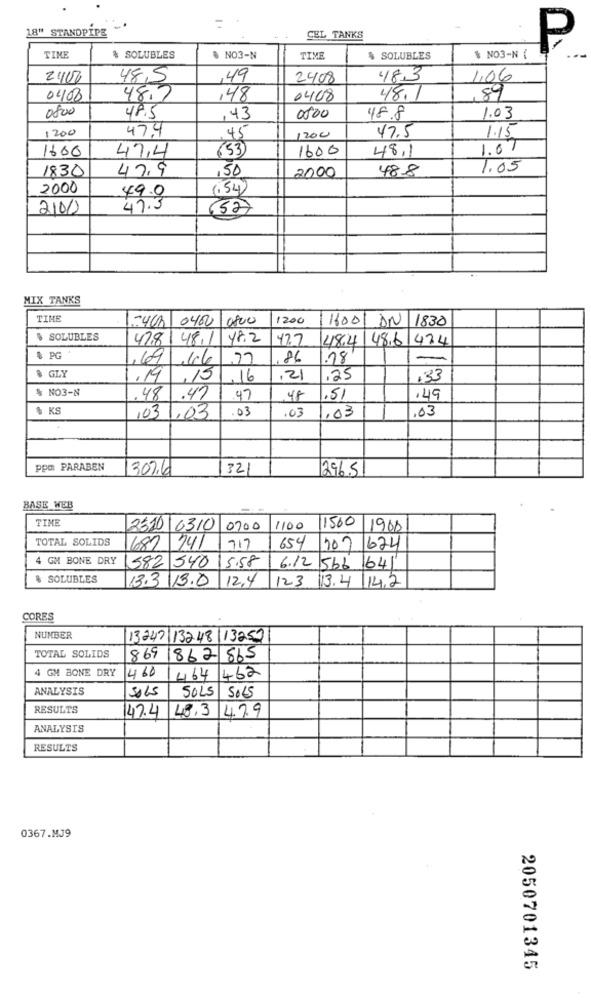
18" STANDPIPE
CEL TANKS
P
TIME
% SOLUBLES
% NO3-N
TIVE
$ SOLUBLES
% NO3-N {
2400
48,5
,49
2408
48.3
1,06
04/08
48.7
,48
0408
48.1
89
0800
48.5
,43
00:00
48.8
1.03
1200
47.4
1200
45
47.5
1.15
1600
47,4
(53)
1600
48.1
1.07
1830
47.9
,50
2000
48.8
1.05
2000
49.0
1.54)
2101
47.3
(52)
MIX TANKS
TIME
-400 0400 0800
1200
1600
DN 1830
$ SOLUBLES
478 48.1 48.2
12.7
48.4
48.6 474
& PG .
,69 46 77
,86
.18
& GLY
,19
,15
,16
,21
,25
+33
% NO3-N
.47
.48
47
48
.51
.49
% KS
103
03
.03
,03
,03
1.03
ppm PARABEN
307.6
32
296.5
BASE WEB
TIME
11500
2510 0310 0700
1100
11900
TOTAL SOLIDS
682 741
717
654
307 624
4 GM BONE DRY
15.58
582 340
6.12 566 641
& SOLUBLES
13.3 13.0 12.4 123
13.4 14.2
CORES
NUMBER
13247/13248 132521
TOTAL SOLIDS
869
1862 865
4 GM BONE DRY
460
464 462
ANALYSIS
SOLS
SOLS
SOLS
RESULTS
147.4
48.3
479
ANALYSIS
RESULTS
0367.MJ9
2050701345